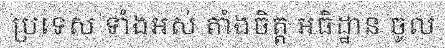
ប្រទេស ទាំងអស់ តាំងចិត្ត អធិដ្ឋាន ចូល